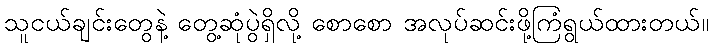
သူငယ်ချင်းတွေနဲ့ တွေ့ဆုံပွဲရှိလို့ စောစော အလုပ်ဆင်းဖို့ကြံရွယ်ထားတယ်။